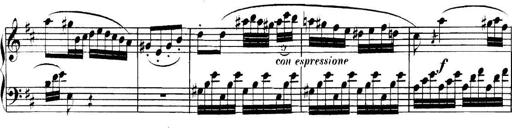
Title: Collected Piano Sonatas
Composer: Muzio Clementi